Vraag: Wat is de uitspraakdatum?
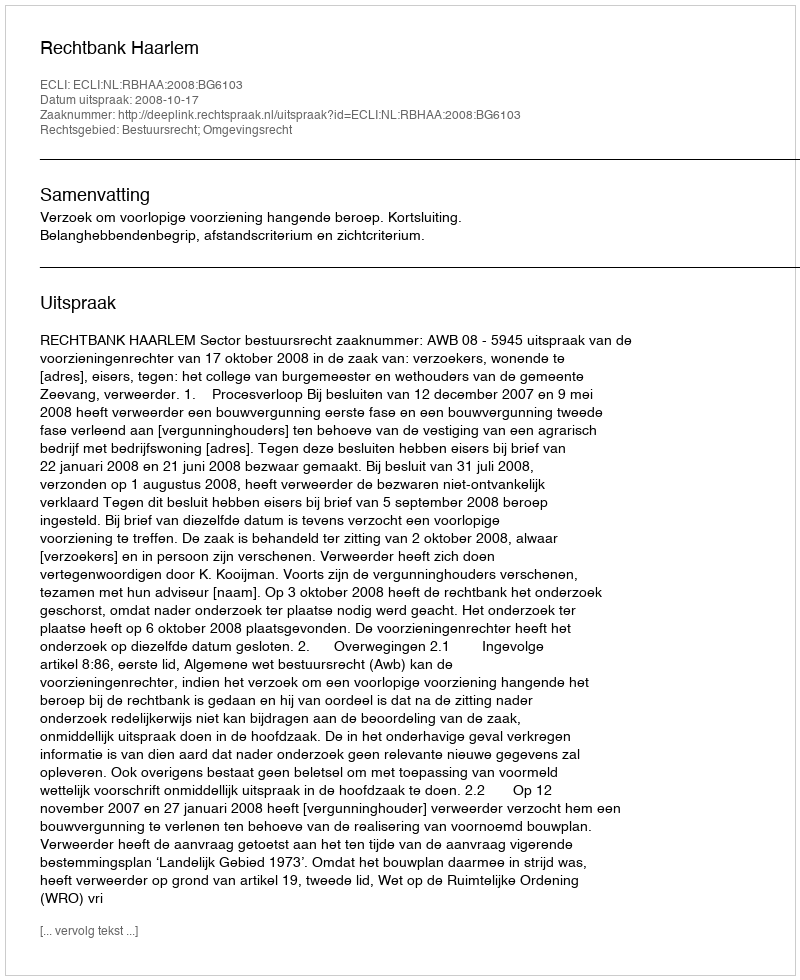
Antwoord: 2008-10-17